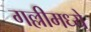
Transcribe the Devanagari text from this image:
गल्लीमध्ये